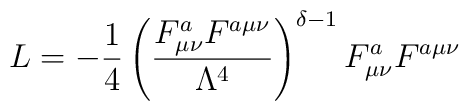
L= -\frac{1}{4} \left( \frac{F_{\mu \nu }^a F^{a \mu \nu}}{\Lambda^4} \right)^{\delta-1} F_{\mu \nu }^a F^{a \mu \nu }